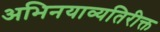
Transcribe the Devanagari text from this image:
अभिनयाव्यतिरीक्त